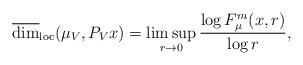
LaTeX: \begin{align*}\overline{\dim}_{\rm loc}(\mu_V, P_Vx)=\limsup_{r\to 0} \frac{\log F_\mu^m(x,r)}{\log r},\end{align*}